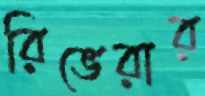
রিভেরার